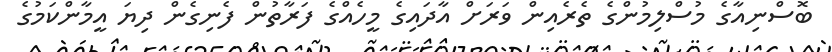
ބޮސްނިއާގެ މުސްލިމުންގެ ތެރެއިން ވަރަށް އާދައިގެ މީހެއްގެ ފަރާތުން ފެނިގެން ދިޔަ އީމާންކަމުގެ